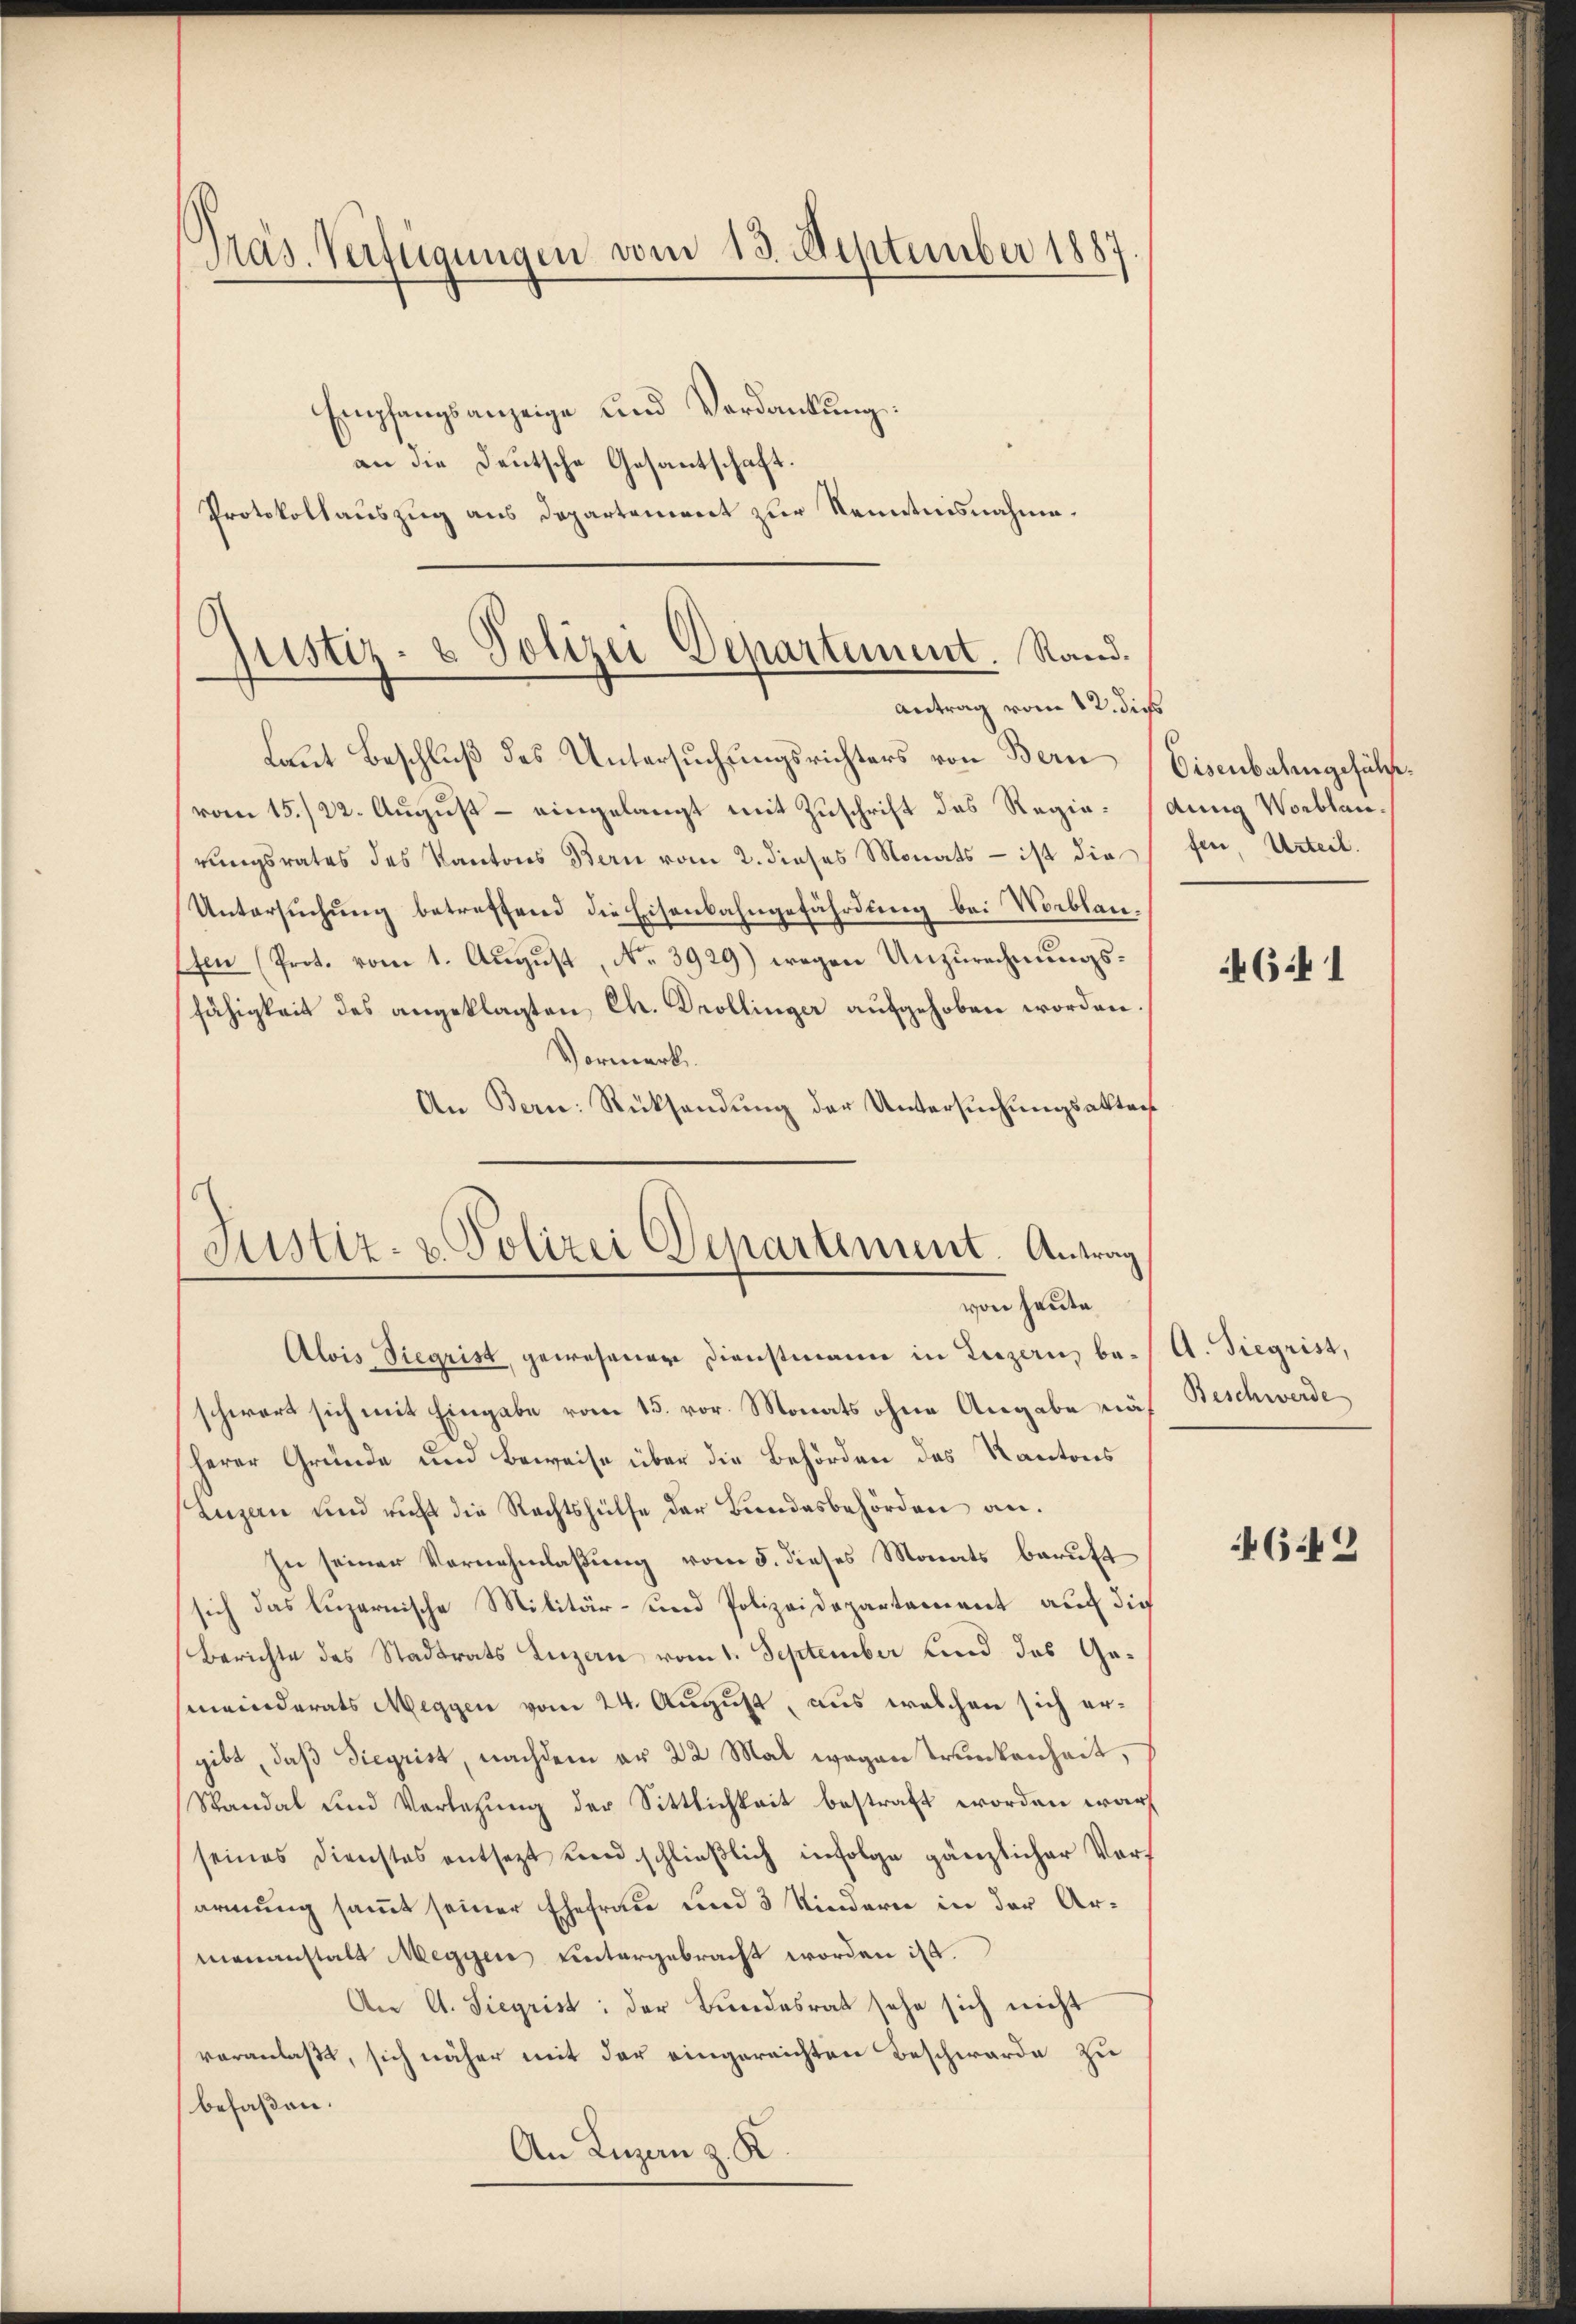
Mas. Verfügungen vom 13. September 1887.

justiz- & Polizei Departement. Rand.
Antrag vom 12. dies

Justiz- & Polizei Departement. Antrag
von heute
Alois Siegrist, gewesener Dienstmann in Luzerns be- A. Siegrist,

Empfangsanzeige und Verdankung:
an die Deutsche Gesantschaft.
Protokollauszug aus Departement zur Kenntnisnahme.

Laut Beschluß des Untersuchungsrichters von Bern
vom 15./22. August – eingelangt mit Zuschrift des Regierungsrates des Kantons Bern vom 2. dieses Monats - ist die
Untersuchung betreffend die Eisenbahngefährdung bei Worblanffen (Prot. vom 1. Aŭgŭst No. 3929) wegen Unzurechnungsfähigkeit des angeklagten Chr. Drollinger aufgehoben worden.
Vormerk
An Bern: Rücksendŭng der Untersŭchŭngsakter

schwert sich mit Eingabe vom 15. vor. Monats ohne Angabe näh
herer Gründe und Beweise über die Behörden des Kantons
Luzern und richt die Rechtshülfe der Bundesbehörden an.
In seiner Vernehmlassung vom 5. dieses Monats beruft
sich das Luzernische Militär- und Polizeidepartement auch die
Berichte des Stadtrats Luzern vom 1. September und das Gesmeinderats Meggen vom 24. August, aus welchen sich ergibt, daß Siegrist, nachdem ar 22 Mal wegen Trunkenheit,
Standal und Verlegung der Sittlichkeit bestraft worden war
seines Dienstes entsetzt und schlieβlich infolge gänzlicher Vorarmung sammt seiner Ehefrau und 3 Kindern in der Armananstalt Megyen untergebracht worden ist.
An A. Siegrist: der Bundesrat sehe sich nicht
veranlaßt, sich näher mit der eingereichten Beschwerde zu
befaßen.
An Luzern z. R

Eisenbahngefülle.
dung Worblanfen Urteil.

641

Beschwerde

642